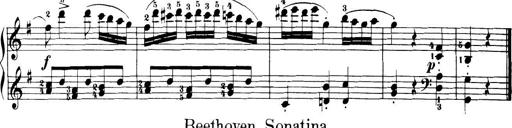
Title: 32 Sonatinas and Rondos for the Piano
Composer: Richard Kleinmichel